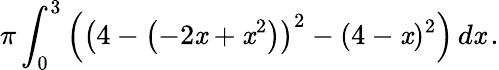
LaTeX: \pi\int_{0}^{3}\left(\left(4-\left(-2\mathit{x}+\mathit{x}^{2}\right)\right)^{2}-(4-\mathit{x})^{2}\right)\, d\mathit{x}\, .